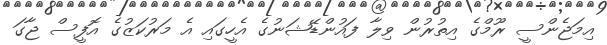
އިމަޖެންސީ ރޫމްގެ އިތުރުން ވިލާ ފައުންޑޭޝަނުގެ އެހީގައި އެ މަރުކަޒުގެ އޮފީސް ޖާގަ